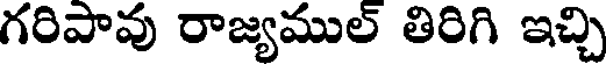
గరిపావు రాజ్యముల్ తిరిగి ఇచ్చి